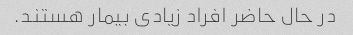
در حال حاضر افراد زیادی بیمار هستند.